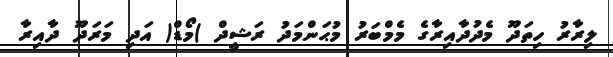
ލިރާރު ހިތަދޫ މެދުދާއިރާގެ މެމްބަރު މުޙަންމަދު ރަޝީދް )މޯޑް( އަދި މަރަދޫ ދާއިރާ